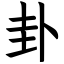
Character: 卦